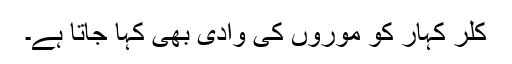
کلر کہار کو موروں کی وادی بھی کہا جاتا ہے۔